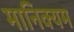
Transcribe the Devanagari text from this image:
मानिक्यम